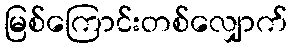
မြစ်ကြောင်းတစ်လျှောက်